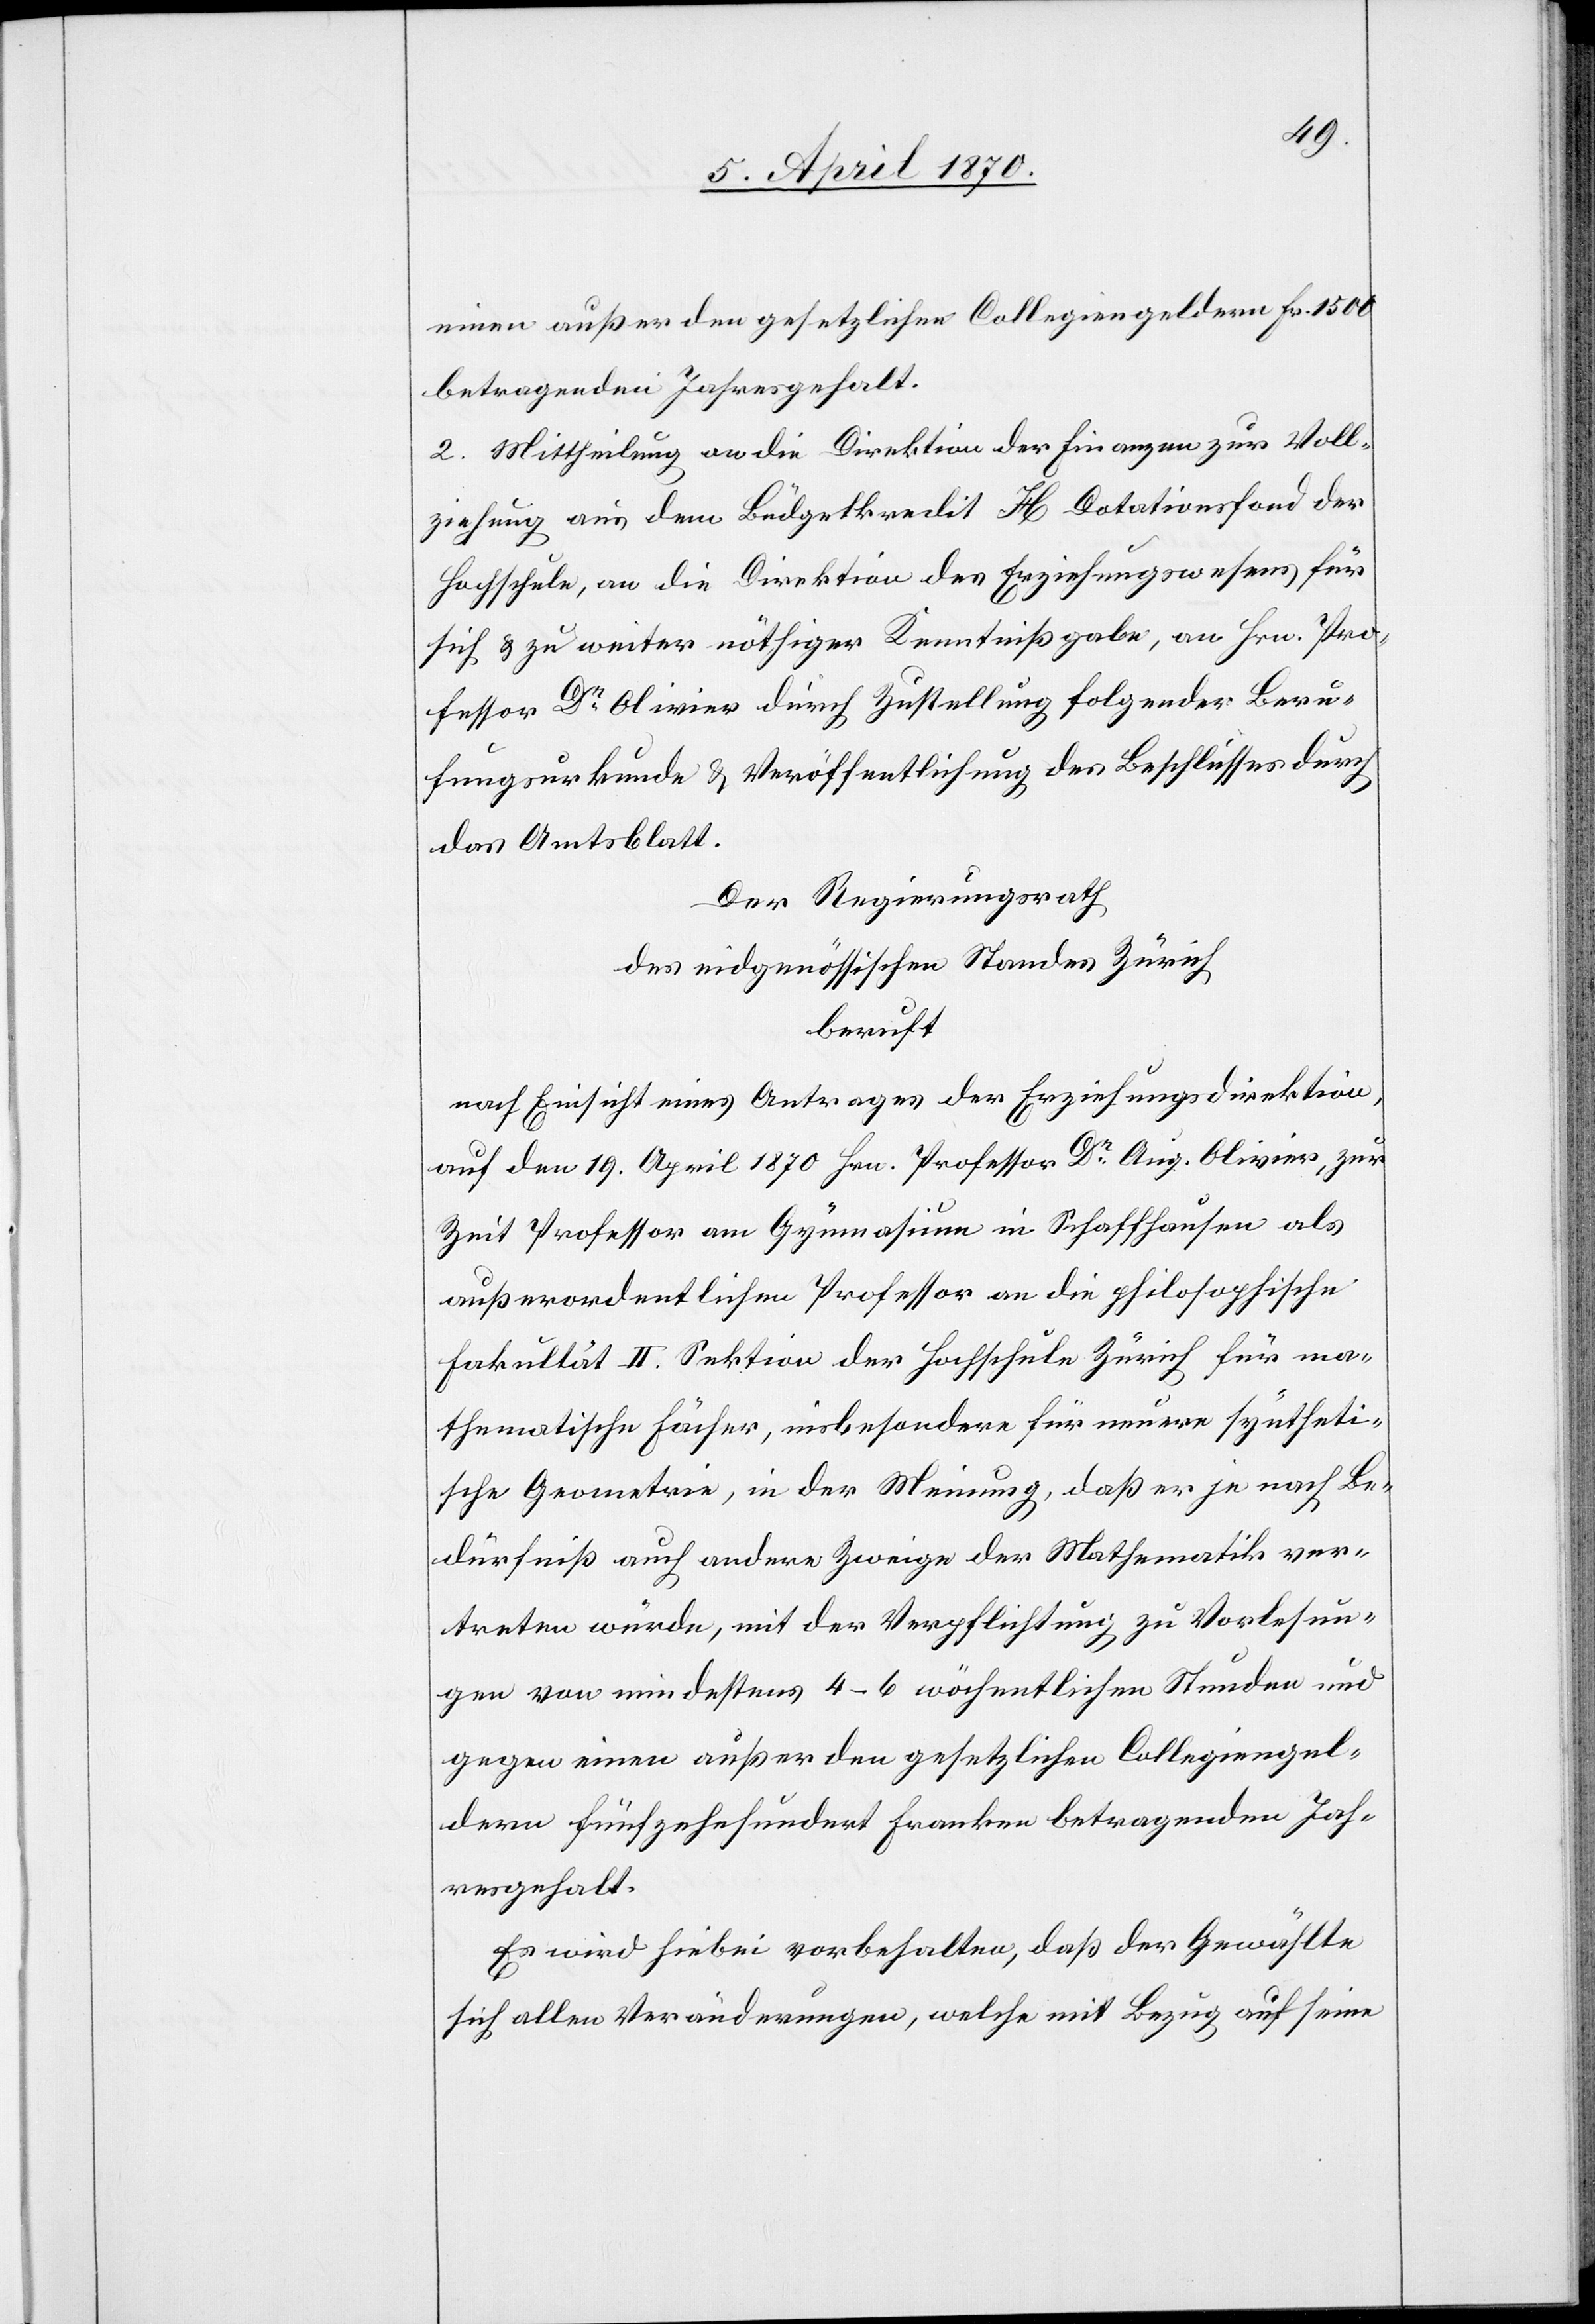
einen außer den gesetzlichen Collegiengeldern Fr. 1500
betragenden Jahresgehalt.
2. Mittheilung an die Direktion der Finanzen zur Voll¬
ziehung aus dem Büdgetkredit H Dotationsfond der
Hochschule, an die Direktion des Erziehungswesens für
sich & zu weiter nöthiger Kenntnißgabe, an Hrn. Pro¬
fessor Dr Olivier durch Zustellung folgender Beru¬
fungsurkunde & Veröffentlichung des Beschlusses durch
das Amtsblatt.
Der Regierungsrath
des eidgenössischen Standes Zürich
beruft
nach Einsicht eines Antrages der Erziehungsdirektion,
auf den 19. April 1870 Hrn. Professor Dr Aug. Olivier, zur
Zeit Professor am Gymnasium in Schaffhausen als
außerordentlichen Professor an die philosophische
Fakultät II. Sektion der Hochschule Zürich für ma¬
thematischer Fächer, insbesondere für neuere syntheti¬
sche Geometrie, in der Meinung, daß er je nach Be¬
dürfniß auch andere Zweige der Mathematik ver¬
treten würde, mit der Verpflichtung zu Vorlesun¬
gen von mindestens 4–6 wöchentlichen Stunden und
gegen einen außer den gesetzlichen Collegiengel¬
dern fünfzehnhundert Franken betragenden Jah¬
resgehalt.
Es wird hiebei vorbehalten, daß der Gewählte
sich allen Veränderungen, welche mit Bezug auf seine